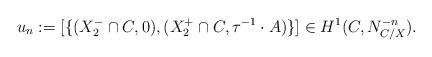
LaTeX: \begin{align*}u_n:=[\{(X^-_2\cap C, 0), (X^+_2\cap C, \tau^{-1}\cdot A)\}]\in H^1(C, N_{C/X}^{-n}). \end{align*}